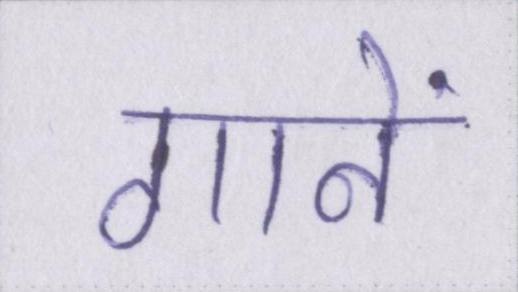
गानें